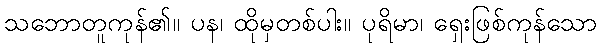
သဘောတူကုန်၏။ ပန၊ ထိုမှတစ်ပါး။ ပုရိမာ၊ ရှေးဖြစ်ကုန်သော